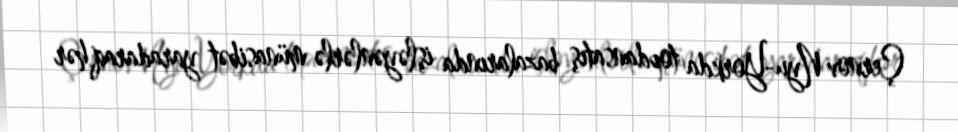
Çernov Nyu-Yorkda topdansatış bazalarında işləyənlərlə münasibət yaradaraq hər